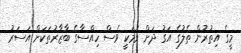
މީގެ އިތުރުން ތެލުގެ އަގު ދަށް ވުމަކީ ވެސް ހިއްސާގެ ބާޒާރުތަކަށް އަސަރު